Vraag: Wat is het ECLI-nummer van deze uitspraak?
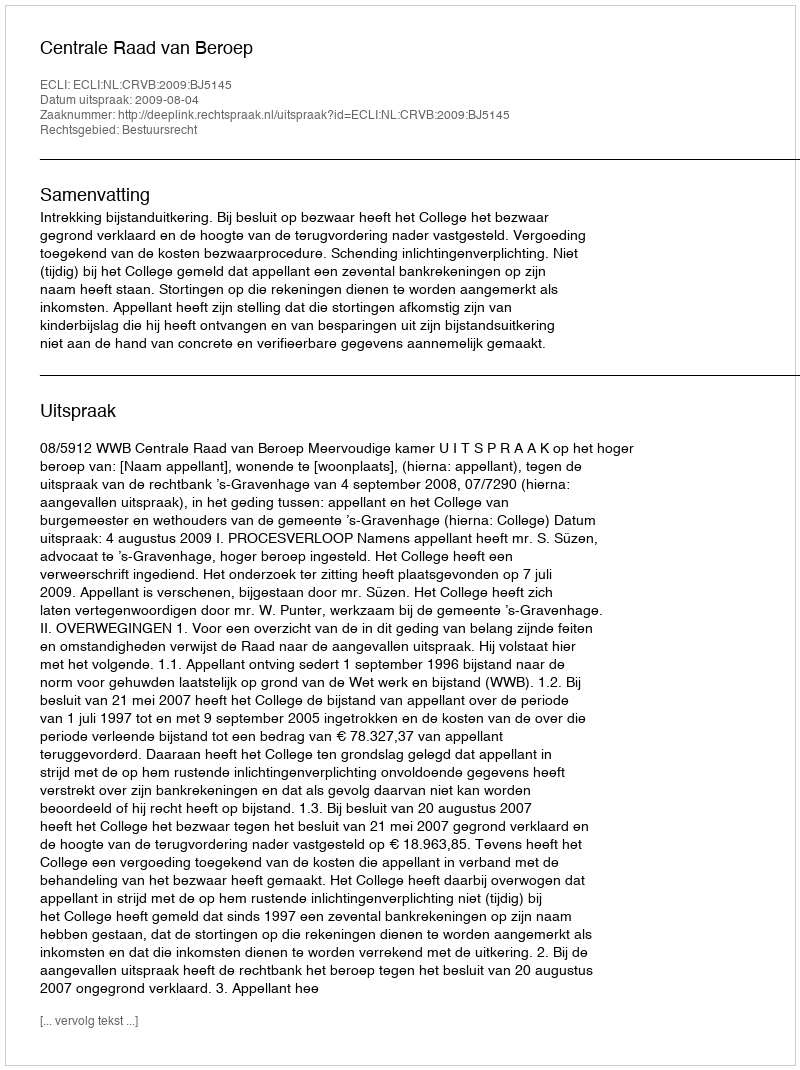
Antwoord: ECLI:NL:CRVB:2009:BJ5145